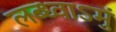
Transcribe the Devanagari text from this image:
लब्ध्वाऽमुं